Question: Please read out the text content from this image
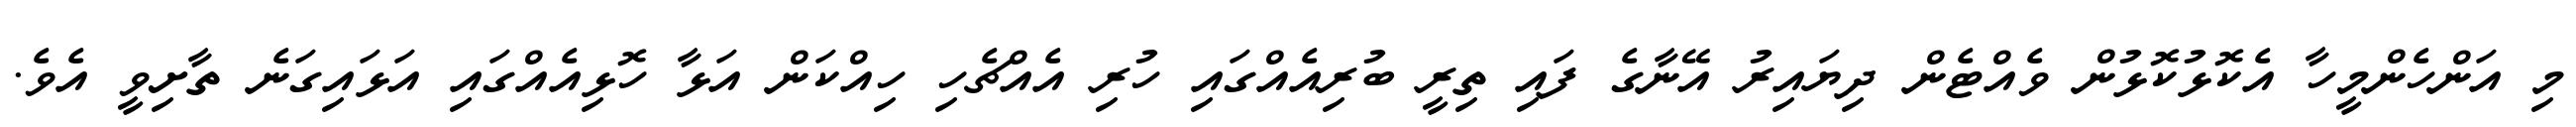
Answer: މި އަންހެންމީހާ އެކޮޅުކޮޅުން ވެއްޓެން ދިޔައިރު އޭނާގެ ފައި ތިރީ ބުރިއެއްގައި ހުރި އެއްޗެހި ހިއްކަން އަޅާ ހޮޅިއެއްގައި އަޅައިގަނެ ތާށިވީ އެވެ.